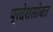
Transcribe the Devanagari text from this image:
प्रदेशसोबत